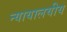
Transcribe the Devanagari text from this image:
न्यायालयीय